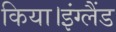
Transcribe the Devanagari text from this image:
किया।इंग्लैंड